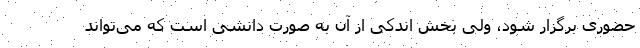
حضوری برگزار شود، ولی بخش اندکی از آن به صورت دانشی است که می‌تواند